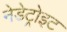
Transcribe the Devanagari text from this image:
नेडेट्रोइट